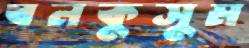
বনকুসুম